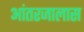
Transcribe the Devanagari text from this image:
आंतरजालास